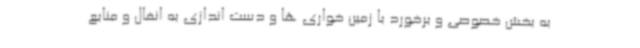
به بخش خصوصی و برخورد با زمین خواری ها و دست اندازی به انفال و منابع